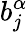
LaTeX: b_{j}^{\alpha}